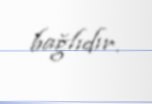
bağlıdır.